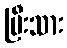
ပြီးသား